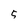
Character: 5